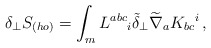
\begin{align*}\delta_\perp S_{(ho)} = \int_m L^{abc}{}_i \tilde\delta_\perp\widetilde\nabla_a K_{bc}{}^i \,,\end{align*}